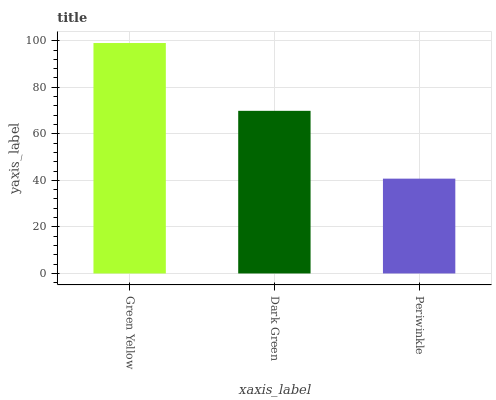
| xaxis_label | bars |
 | --- | --- |
 | Green Yellow | 99 |
 | Dark Green | 69.9 |
 | Periwinkle | 40.7 |